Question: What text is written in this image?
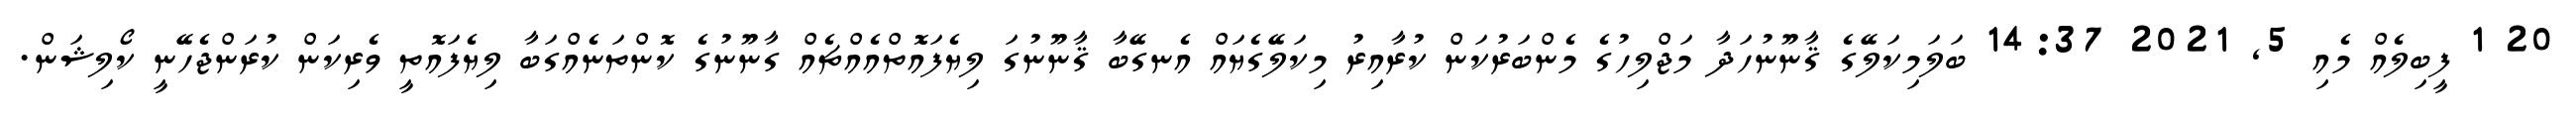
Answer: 20 1 ފީބިލެއް މެއި 5, 2021 14:37 ބަލަމިކަލޭގެ ޤާނޫނުހަދާ މަޖްލިހުގެ މެންބަރުކަން ކުރާއިރު މިކަލޭގެޔައް އެނގޭބާ ޤާނޫނުގަ ލިޔެފައޮތްއެއްޗެއް ގާނޫނުގެ ކޮންތަނެއްގަބާ ލިޔެފައޮތީ ވެރިކަން ކުރަންޖެހޭނީ ކޯލިޝަން.